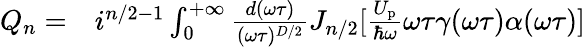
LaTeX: \begin{array}{rl}{{Q}_{n}=}&{{}i^{n/2-1}\int_{0}^{+\infty}\frac{d(\omega\tau)}{(\omega\tau)^{D/2}}J_{n/2}[\frac{U_{\mathrm{p}}}{\hbar\omega}\omega\tau\gamma(\omega\tau)\alpha(\omega\tau)]}\end{array}